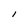
Character: l